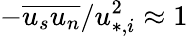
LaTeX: -\overline{{u_{s}u_{n}}}/u_{*,i}^{2}\approx 1